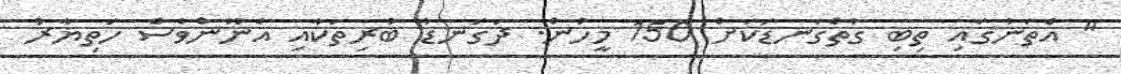
" އެތަނުގައި ތިބި ގާތްގަނޑަކަށް 150 މީހުން. ދަގަނޑު ބުރިތަކާއި އެނޫންވެސް ހަތިޔާރު